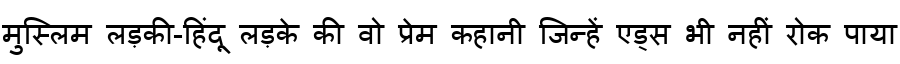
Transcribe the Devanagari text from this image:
मुस्लिम लड़की-हिंदू लड़के की वो प्रेम कहानी जिन्हें एड्स भी नहीं रोक पाया